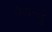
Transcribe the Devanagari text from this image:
पेसरट्टु